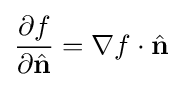
{\frac {\partial f}{\partial {\hat {\mathbf {n} }}}}=\nabla f\cdot {\hat {\mathbf {n} }}